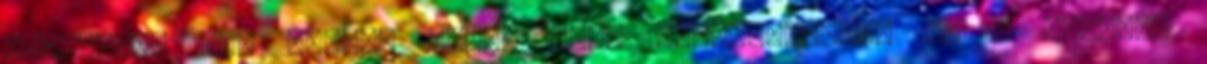
virtuális gép képek: VMDK, VHD. 30.000-90.000 Ft A költség